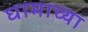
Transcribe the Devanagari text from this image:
घामाच्या